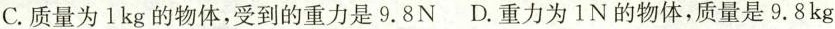
C.质量为1kg的物体，受到的重力是9.8N D.重力为1N的物体，质量是9.8kg